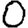
Digit: 0